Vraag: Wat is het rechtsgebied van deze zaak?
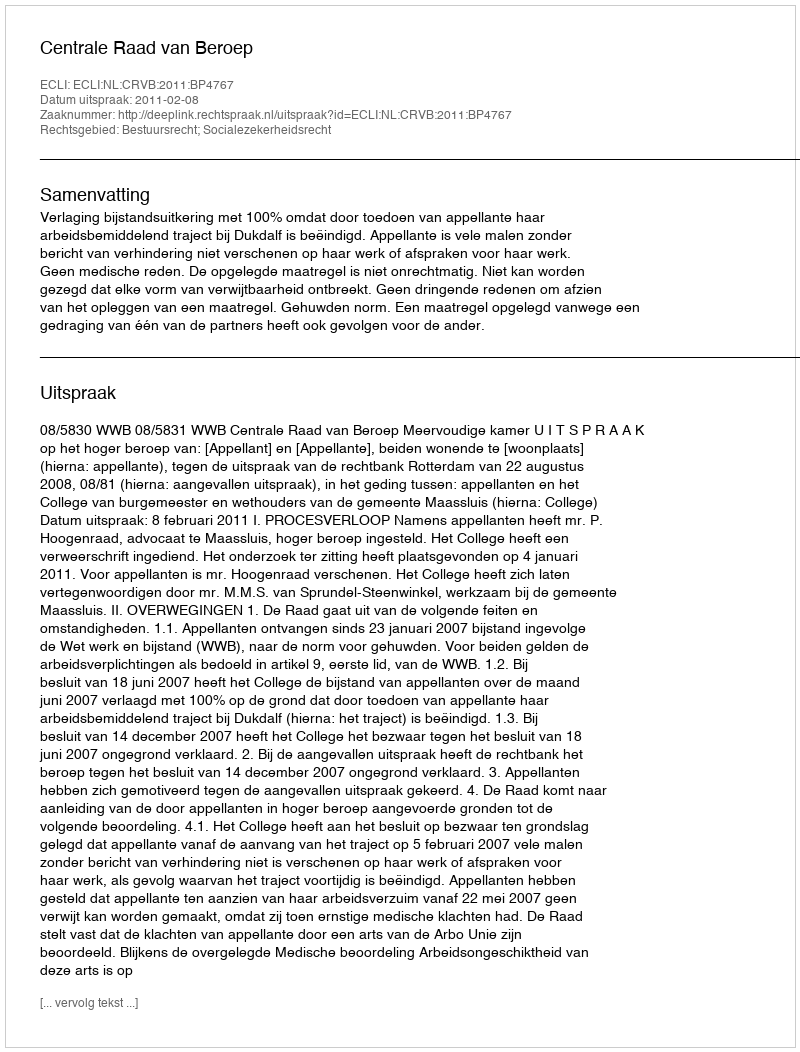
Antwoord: Bestuursrecht; Socialezekerheidsrecht